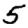
Digit: 5